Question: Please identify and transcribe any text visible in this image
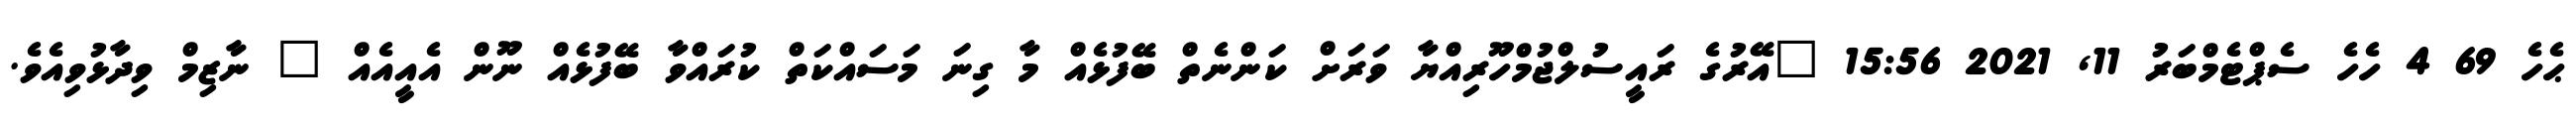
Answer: ޙެހެ 69 4 ހެހެ ސެޕްޓެމްބަރު 11, 2021 15:56 "އޭރުގެ ރައީސުލްޖުމްހޫރިއްޔާ ވަރަށް ކަންނެތް ބޭފުޅެއް މާ ގިނަ މަސައްކަތް ކުރައްވާ ބޭފުޅެއް ނޫން އެއީއެއް " ނާޒިމް ވިދާޅުވިއެވެ.